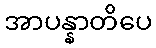
အာပန္နာတိပေ